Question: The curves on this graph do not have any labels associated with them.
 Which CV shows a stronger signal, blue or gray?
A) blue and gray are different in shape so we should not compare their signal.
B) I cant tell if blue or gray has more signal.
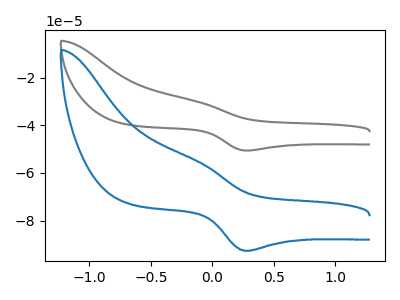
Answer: <think>The gray curve "gray" has an anodic peak at (-0.10V, -30.15uA) and a cathodic peak at (0.30V, -50.60uA). The blue curve "blue" has an anodic peak at (-0.10V, -55.20uA) and a cathodic peak at (0.30V, -92.65uA).
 All the peaks in "blue" have a peak in "gray" at the same potential.</think>
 <answer>B) I cant tell if "blue" or "gray" has more signal.</answer>
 <eval>B</eval>